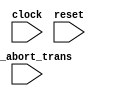
`timescale 1ns / 1ps
//////////////////////////////////////////////////////////////////////////////////
// Company: 
// Engineer: 
// 
// Design Name: 
// Module Name:    abort_transaction 
// Project Name: 
// Target Devices: 
// Tool versions: 
// Description: 
//
// Dependencies: 
//
// Revision: 
// Revision 0.01 - File Created
// Additional Comments: 
//
//////////////////////////////////////////////////////////////////////////////////
module abort_transaction(
    input clock,
    input reset,
    input enb_abort_trans
    );


endmodule